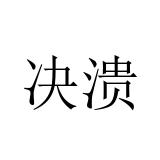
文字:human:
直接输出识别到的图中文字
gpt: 决溃